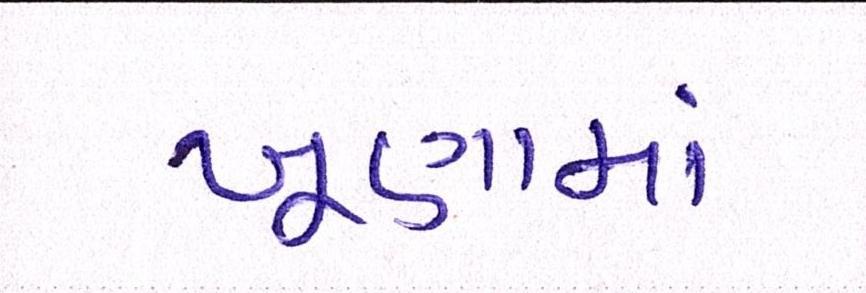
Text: ખૂણામાં